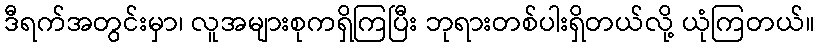
ဒီရက်အတွင်းမှာ၊ လူအများစုကရှိကြပြီး ဘုရားတစ်ပါးရှိတယ်လို့ ယုံကြတယ်။